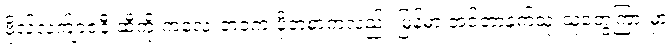
ဗိုလ်လက်ျာဇနီးဆီကို ကလေးဘဝက ပို့တဲ့စာကလည်း မြန်မာ အင်တာနက်သုံးသူတွေကြားမှာ